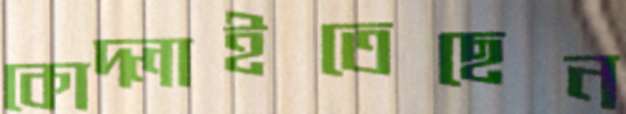
কোদ্‌লাইতেছেন